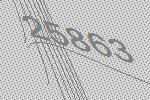
25863